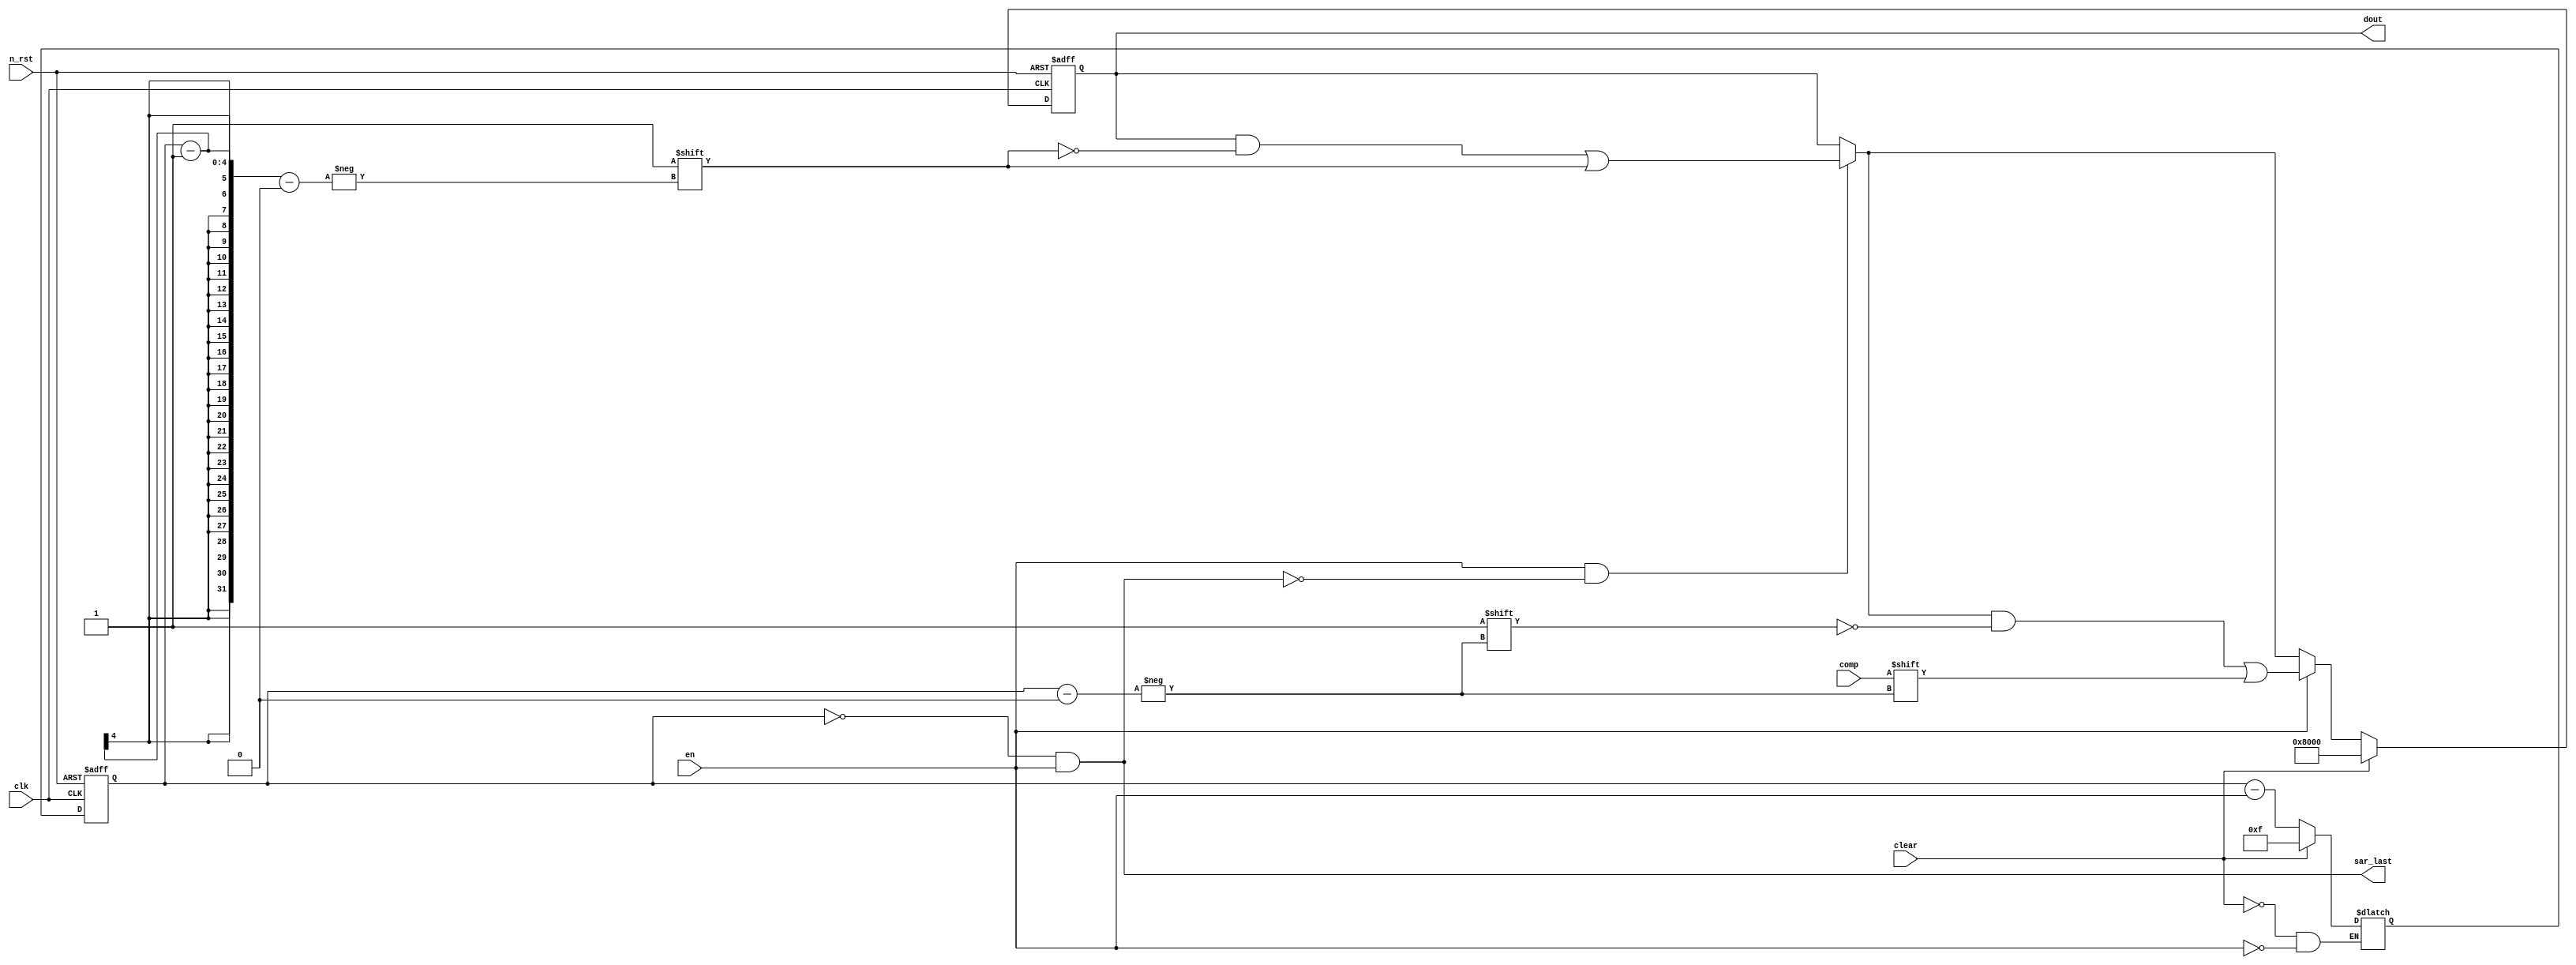

module sar_logic (
    input wire clk,
    input wire n_rst,
    input wire en,
    input wire clear,
    input wire comp,
    output reg [15:0] dout,
    output reg sar_last
);

    localparam COUNT_IDLE = 4'b1111;
    localparam DOUT_IDLE = 16'b1000_0000_0000_0000;

    // Bit count
    reg [3:0] count, next_count;

    always @(posedge clk, negedge n_rst) begin
        if (!n_rst) begin
            count <= COUNT_IDLE;
        end
        else begin
            count <= next_count;
        end
    end

    always @* begin
        if (en) begin
            next_count = count - en;    
        end
        if (clear) begin
            next_count = COUNT_IDLE;
        end
    end

    // Guess
    reg [15:0] next_dout;

    always @(posedge clk, negedge n_rst) begin
        if (!n_rst) begin
            dout <= DOUT_IDLE;
        end
        else begin
            dout <= next_dout;
        end
    end

    always @* begin
        next_dout = dout;
        if (en && !sar_last) begin
            next_dout[count - 1] = 1'b1;    
        end

        if (en) begin
            next_dout[count] = comp;
        end

        if (clear) begin
            next_dout = DOUT_IDLE;
        end
    end

    always @* begin
        sar_last = (count == 0 && en);
    end

endmodule